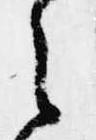
之